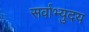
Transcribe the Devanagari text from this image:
सर्वाभ्युदय